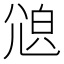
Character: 𡯫